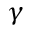
\gamma